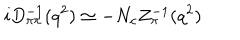
i D _ { \pi \pi } ^ { - 1 } ( q ^ { 2 } ) \simeq - N _ { c } Z _ { \pi } ^ { - 1 } ( q ^ { 2 } )